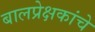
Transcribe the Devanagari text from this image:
बालप्रेक्षकांचे